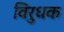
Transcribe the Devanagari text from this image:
विरुधक